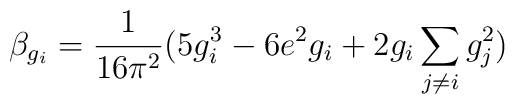
\beta_{g_{i}} = \frac{1}{16\pi^2} (5 g_{i}^3 - 6 e^2 g_i +2 g_i \sum_{j \neq i}g_{j}^2)